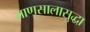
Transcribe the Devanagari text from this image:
माणसालासुद्धा